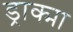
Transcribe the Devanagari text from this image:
ड्राक्मा